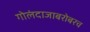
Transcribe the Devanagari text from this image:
गोलंदाजाबरोबरच